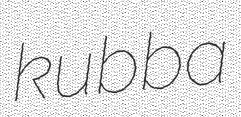
kubba